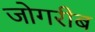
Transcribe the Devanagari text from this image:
जोगरीब